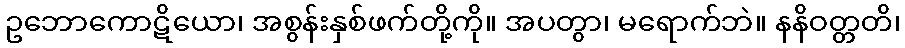
ဥဘောကောဋိယော၊ အစွန်းနှစ်ဖက်တို့ကို။ အပတွာ၊ မရောက်ဘဲ။ နနိဝတ္တတိ၊